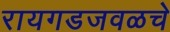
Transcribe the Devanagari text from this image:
रायगडजवळचे